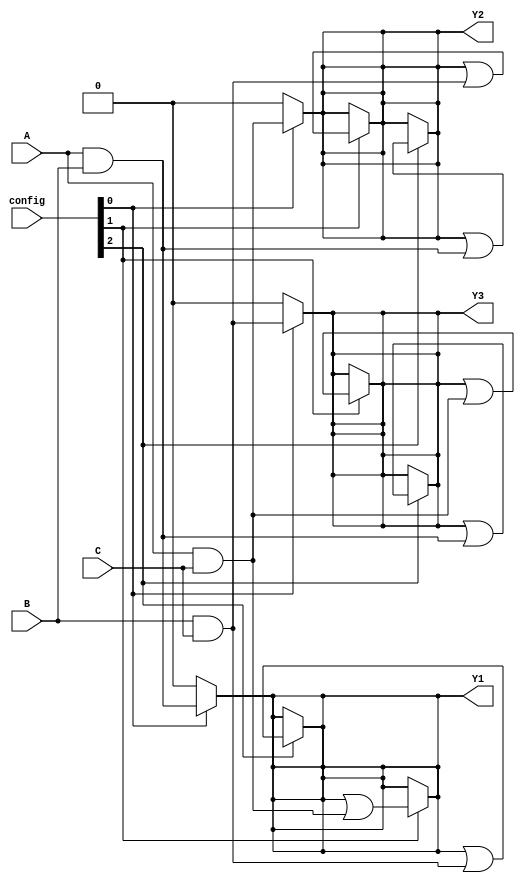
module FusedPAL (
    input wire A,       // Input A
    input wire B,       // Input B
    input wire C,       // Input C
    input wire [2:0] config, // Configuration bits for programmable AND gates
    output wire Y1,     // Output Y1
    output wire Y2,     // Output Y2
    output wire Y3      // Output Y3
);

// Programmable AND gates
wire and_out1; // Output of AND gate for Y1
wire and_out2; // Output of AND gate for Y2
wire and_out3; // Output of AND gate for Y3

// AND gate configurations for Y1
assign and_out1 = (config[0]) ? (A & B) : 1'b0; // AND gate 1: A & B
assign and_out1 = (config[1]) ? (and_out1 | (A & C)) : and_out1; // Optional: A & C
assign and_out1 = (config[2]) ? (and_out1 | (B & C)) : and_out1; // Optional: B & C

// AND gate configurations for Y2
assign and_out2 = (config[0]) ? (A & C) : 1'b0; // AND gate 1: A & C
assign and_out2 = (config[1]) ? (and_out2 | (B & C)) : and_out2; // Optional: B & C
assign and_out2 = (config[2]) ? (and_out2 | (A & B)) : and_out2; // Optional: A & B

// AND gate configurations for Y3
assign and_out3 = (config[0]) ? (B & C) : 1'b0; // AND gate 1: B & C
assign and_out3 = (config[1]) ? (and_out3 | (A & C)) : and_out3; // Optional: A & C
assign and_out3 = (config[2]) ? (and_out3 | (A & B)) : and_out3; // Optional: A & B

// Fixed OR gates for output
assign Y1 = and_out1; // Output Y1 from AND gates
assign Y2 = and_out2; // Output Y2 from AND gates
assign Y3 = and_out3; // Output Y3 from AND gates

endmodule